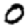
Digit: 0